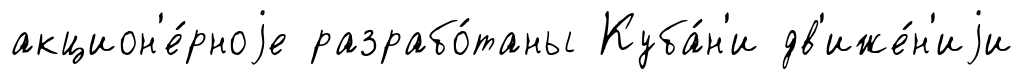
акцион'е́рноjе разрабо́таны Куба́н'и дв'иже́н'иjи